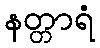
နတ္တာရံ